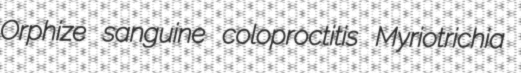
Orphize sanguine coloproctitis Myriotrichia